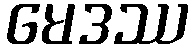
မေဒဿ